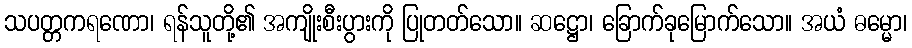
သပတ္တကရဏော၊ ရန်သူတို့၏ အကျိုးစီးပွားကို ပြုတတ်သော။ ဆဋ္ဌော၊ ခြောက်ခုမြောက်သော။ အယံ ဓမ္မော၊